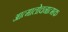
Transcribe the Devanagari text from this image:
आत्मालोचनात्मक